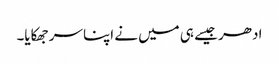
ادھر جیسے ہی میں نے اپنا سر جھکایا۔